NAE_EAOK_eestikeelsed_sunnimeetrikad, lk 144
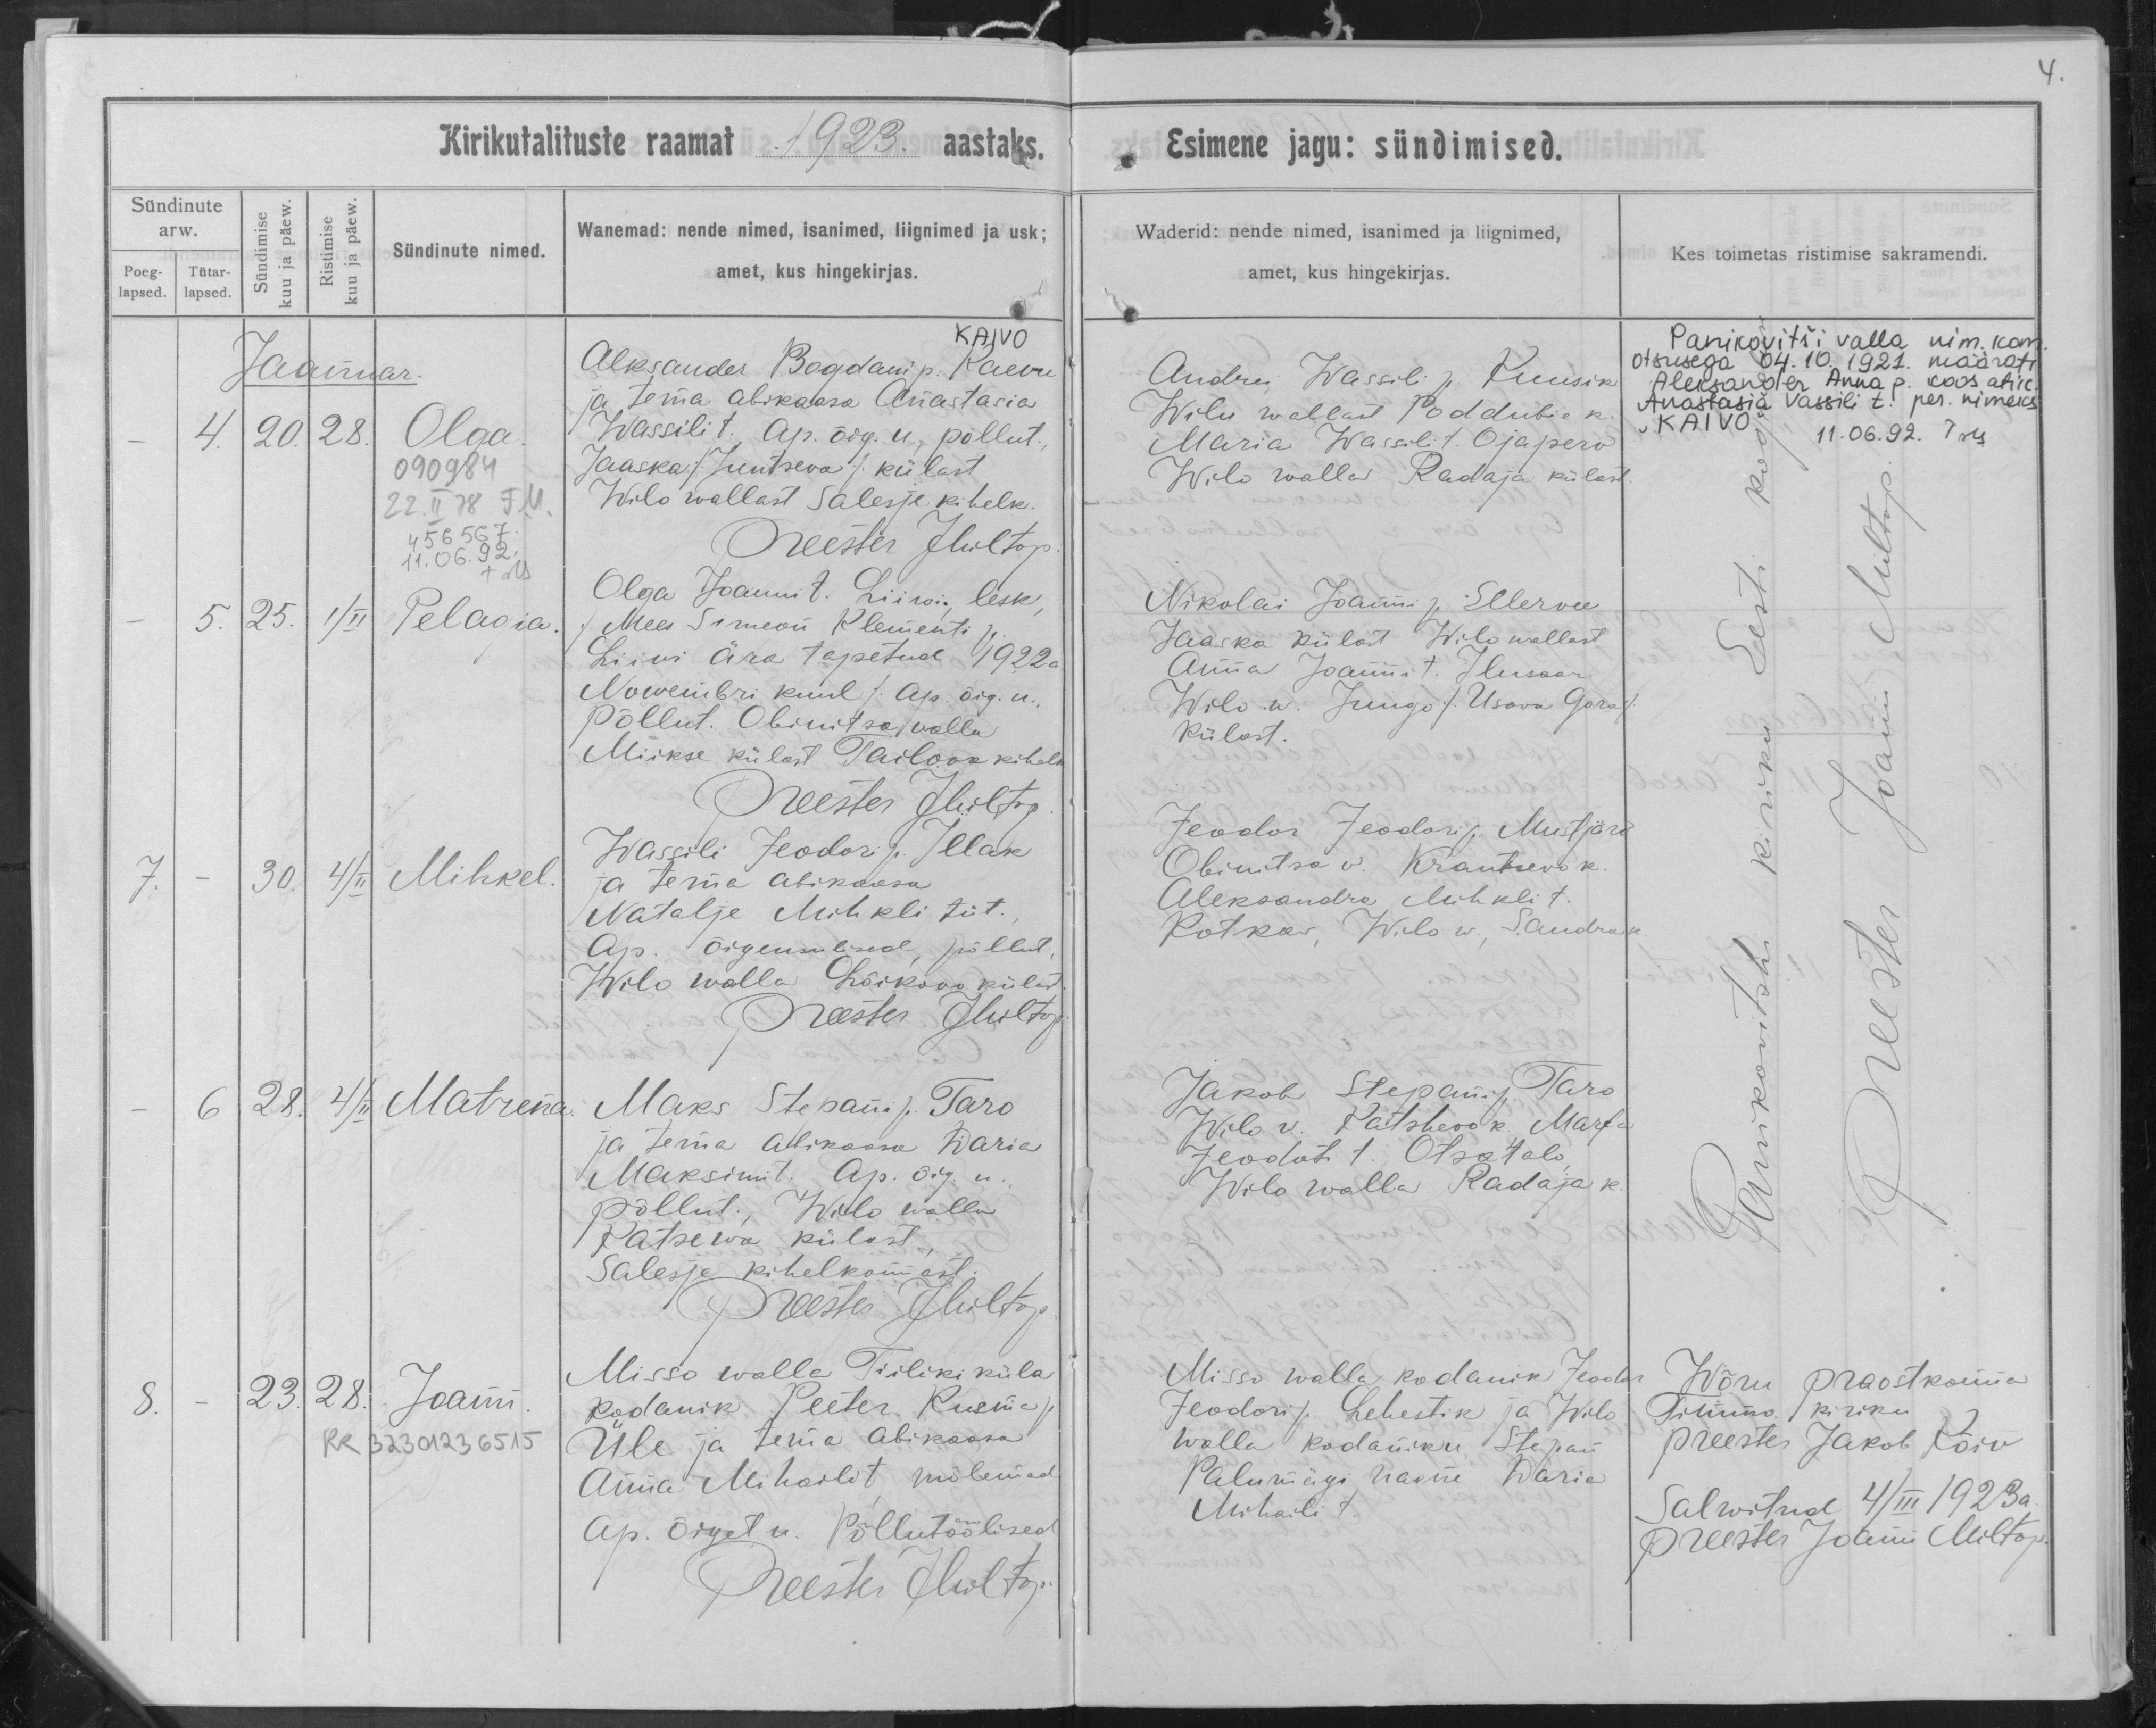
Olga

Pelagia

Mihkel

Matrena

Joann

Kaivo
Aleksander Bogdani p. Kaevu
ja tema abikaasa Anastasia
Wassili t. Ap. õig. u., põllut.
Jaaska /Juutsera/ külast
Welo wallast Salesje kihelk.

Olga Jaani t. Liiroi, lesk,
/ Mees Simeon Klementi p.
Liivi ära tapetud 1922a.
Novembri kuul/ Ap. õig u.
põllut. Obinitsa walla
Miikse külast Tailova kihelk.

Wassili Feodori p. Illak
ja tema abikaasa
Natalje Mihkli tüt.,
Ap. õigeusulised, põllut.,
Wilo walla Kõrksoo külast.

Maks Stepani p. Taro
ja tema abikaasa Daria
Maksimi t. Ap. õig. u.
põllut. Welo walla
Patsewa külast
Salesje kihelkonnast

Misso walla, Tiiliki küla
kodanik Peeter Kusma p.
Üle ja tema abikaasa
Anna Mihaili t., mõlemad
ap. õiget u. Põllutöölised.